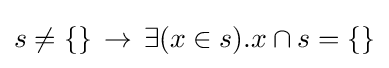
s\neq \{\}\,\to \,\exists (x\in s).x\cap s=\{\}